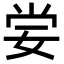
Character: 𡜈